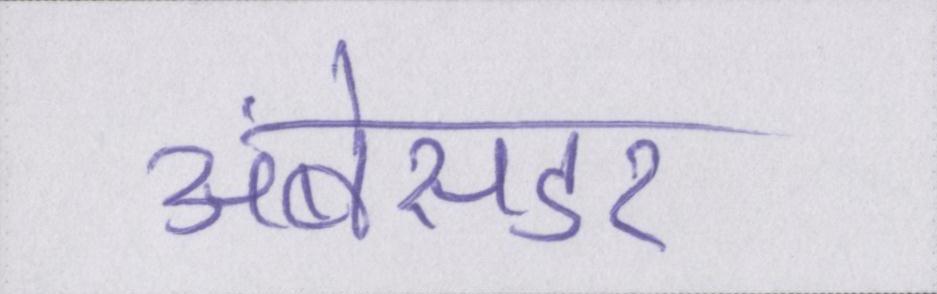
अंबेसडर